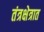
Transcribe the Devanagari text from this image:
तंत्रक्षेत्रात